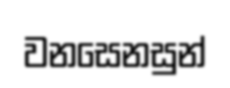
වනසෙනසුන්